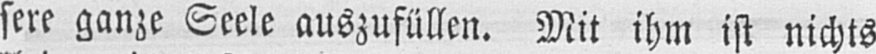
sere ganze Seele auszufüllen. Mit ihm ist nichts